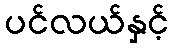
ပင်လယ်နှင့်